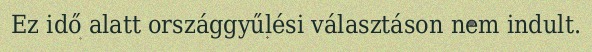
Ez idő alatt országgyűlési választáson nem indult.